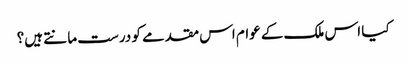
کیا اس ملک کے عوام اس مقدمے کو درست مانتے ہیں؟